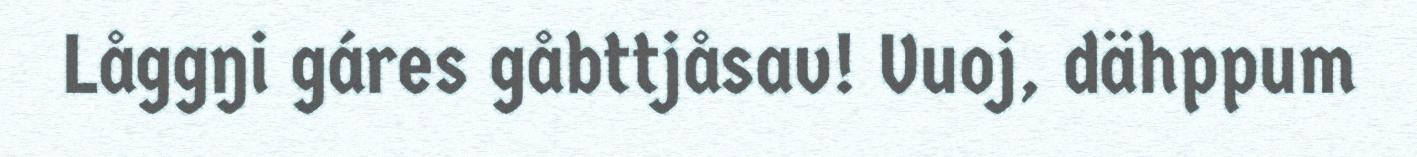
Låggŋi gáres gåbttjåsav! Vuoj, dähppum